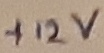
Text: +12V